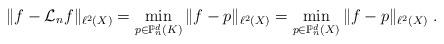
LaTeX: \begin{align*} \|f-\mathcal{L}_{n}f\|_{\ell^2(X)}=\min_{p\in \mathbb{P}_n^d(K)}{\|f-p\|_{\ell^2(X)}}=\min_{p\in \mathbb{P}^d_{n}(X)}{\|f-p\|_{\ell^2(X)}}\;.\end{align*}